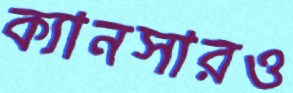
ক্যানসারও